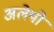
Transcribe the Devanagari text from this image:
अलेपो